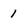
Character: 1